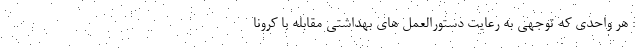
: هر واحدی که توجهی به رعایت دستورالعمل های بهداشتی مقابله با کرونا